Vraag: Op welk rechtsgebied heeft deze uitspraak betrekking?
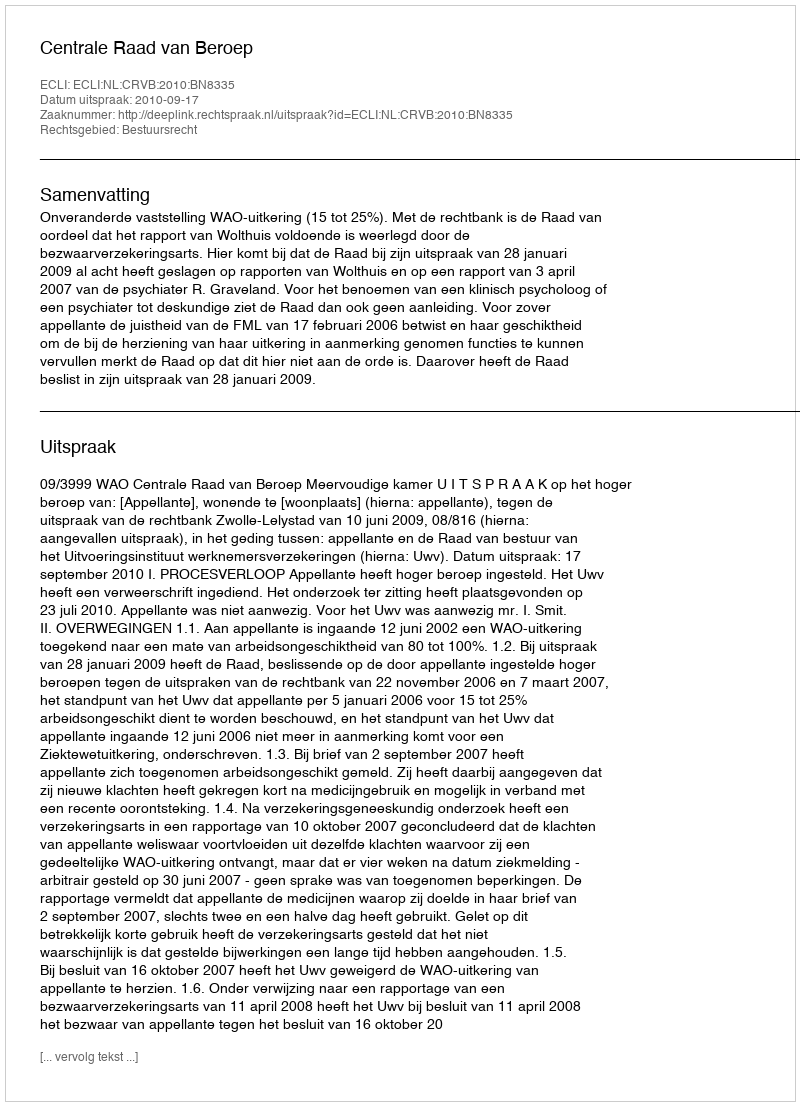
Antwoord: Bestuursrecht